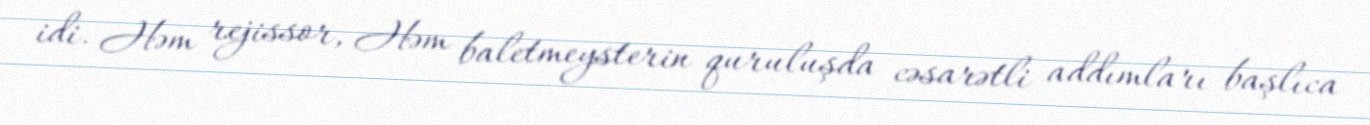
idi. Həm rejissor, Həm baletmeysterin quruluşda cəsarətli addımları başlıca